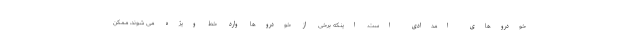
خودروهای امدادی است. اینکه برخی از خودروها وارد خط ویژه می شوند، ممکن